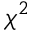
\chi ^ { 2 }